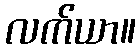
လက်ယာ။